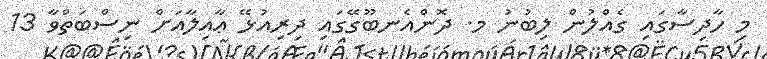
މި ހާދިސާގައި ގެއްލުން ލިބުނު މ. ދޮންއެނބޫގޭގައި ދިރިއުޅޭ ޢާއިލާއަށް ނިސްބަތްވާ 13